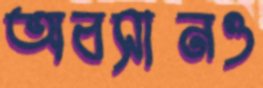
অবসানও